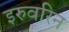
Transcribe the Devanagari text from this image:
इरुवरिन